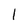
Character: 1